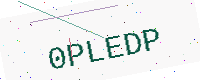
Text: 0PLEDP